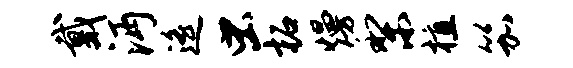
戴沔遥虫柘熳梨植笳